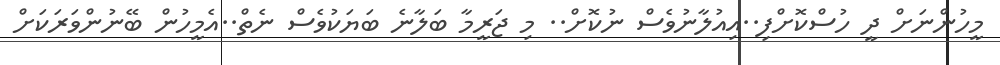
މީހުންނަށް ދީ ހުސްކޮށްފި..އިއުލާނުވެސް ނުކޮށް.. މި ޖަރީމާ ބަލާނެ ބަޔަކުވެސް ނެތް..އެމީހުން ބޭނުންވަރަކަށް